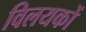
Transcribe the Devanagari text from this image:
विलयकों